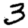
Digit: 3